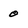
Character: 0